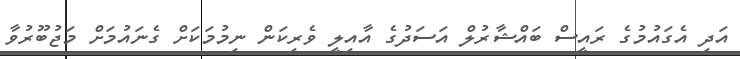
އަދި އެގައުމުގެ ރައީސް ބައްޝާރުލް އަސަދުގެ އާއިލީ ވެރިކަން ނިމުމަކަށް ގެނައުމަށް މަޖުބޫރުވާ